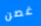
غصن